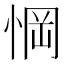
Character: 𢜟